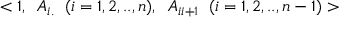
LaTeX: < 1 , \; \; A _ { i . } \; \; ( i = 1 , 2 , . . , n ) , \; \; A _ { i i + 1 } \; \; ( i = 1 , 2 , . . , n - 1 ) >